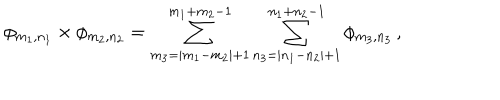
\phi _ { m _ { 1 } , n _ { 1 } } \times \phi _ { m _ { 2 } , n _ { 2 } } = \sum _ { m _ { 3 } = | m _ { 1 } - m _ { 2 } | + 1 } ^ { m _ { 1 } + m _ { 2 } - 1 } \sum _ { n _ { 3 } = | n _ { 1 } - n _ { 2 } | + 1 } ^ { n _ { 1 } + n _ { 2 } - 1 } \phi _ { m _ { 3 } , n _ { 3 } } \, ,